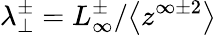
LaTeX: \lambda_{\perp}^{\pm}=L_{\infty}^{\pm}/\big<z^{\infty\pm 2}\big>